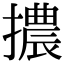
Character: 擃